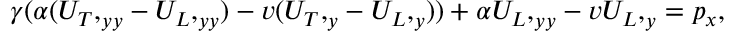
\begin{array} { r } { \gamma ( \alpha ( { U _ { T } , } _ { y y } - { U _ { L } , } _ { y y } ) - v ( { U _ { T } , } _ { y } - { U _ { L } , } _ { y } ) ) + \alpha { U _ { L } , } _ { y y } - v { U _ { L } , } _ { y } = p _ { x } , } \end{array}